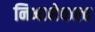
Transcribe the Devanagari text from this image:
निभानेवाला